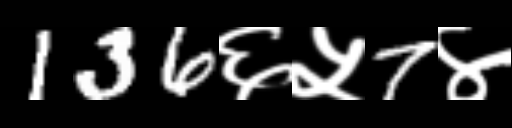
Text: 136६५7४